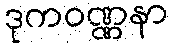
ဒုကဝဏ္ဏနာ